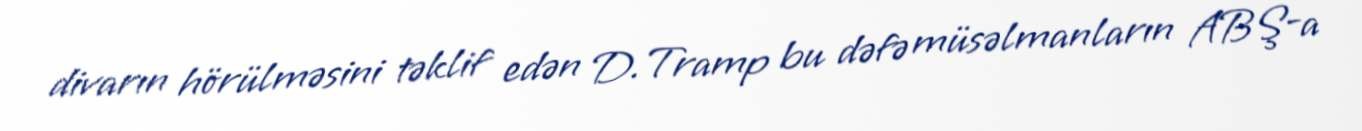
divarın hörülməsini təklif edən D.Tramp bu dəfə müsəlmanların ABŞ-a